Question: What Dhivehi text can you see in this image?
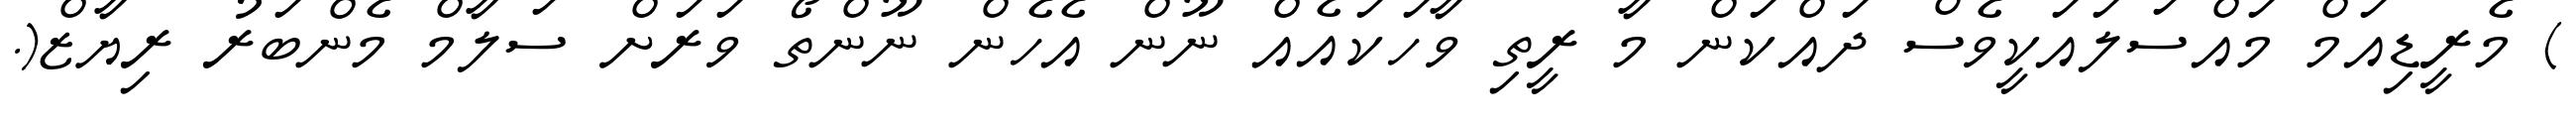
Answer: ) މެރީޑިއަމް މައްސަލައަކީވެސް ދައްކަން މާ ރީތި ވާހަކައެއް ނޫން އެހެން ނޫންތޯ ވަރަށް ސަލާމް މެންބަރު ރިޔާޒް(.